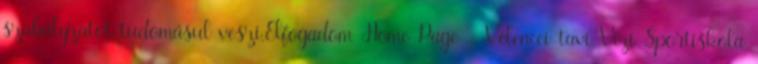
szabályzatot tudomásul veszi.Elfogadom Home Page - Velencei-tavi Vízi Sportiskola